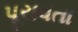
પૂરાવતા